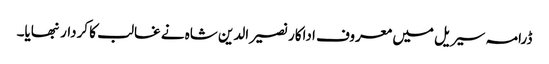
ڈرامہ سیریل میں معروف اداکار نصیرالدین شاہ نے غالب کا کردار نبھایا۔